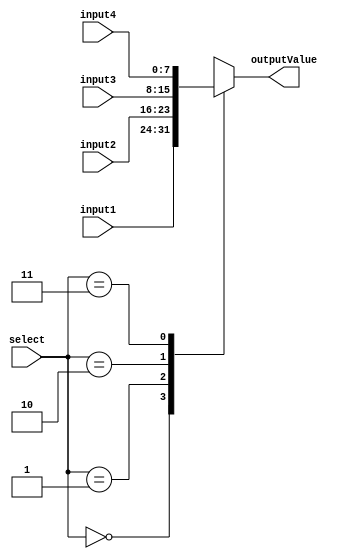
`timescale 1ns / 1ps
//////////////////////////////////////////////////////////////////////////////////
// Company: 
// Engineer: 
// 
// Design Name: 
// Module Name:    MUX_4x1 
// Project Name: 
// Target Devices: 
// Tool versions: 
// Description: 
//
// Dependencies: 
//
// Revision: 
// Revision 0.01 - File Created
// Additional Comments: 
//
//////////////////////////////////////////////////////////////////////////////////
module MUX_4x1(
    input [7:0] input1,
    input [7:0] input2,
    input [7:0] input3,
    input [7:0] input4,
    input [1:0] select,
    output reg [7:0] outputValue
    );

   always @(select, input1, input2, input3, input4)
      case (select)
         2'b00: outputValue = input1;
         2'b01: outputValue = input2;
         2'b10: outputValue = input3;
         2'b11: outputValue = input4;
      endcase

endmodule